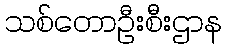
သစ်တောဦးစီးဌာန